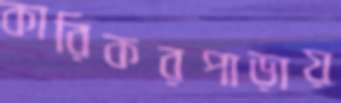
কারিকরপাড়ায়